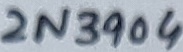
Text: 2N3904